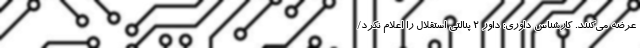
عرضه می‌کنند. کارشناس داوری: داور 2 پنالتی استقلال را اعلام نکرد/